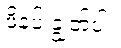
ဖိနပ် ချွတ်ပါ။